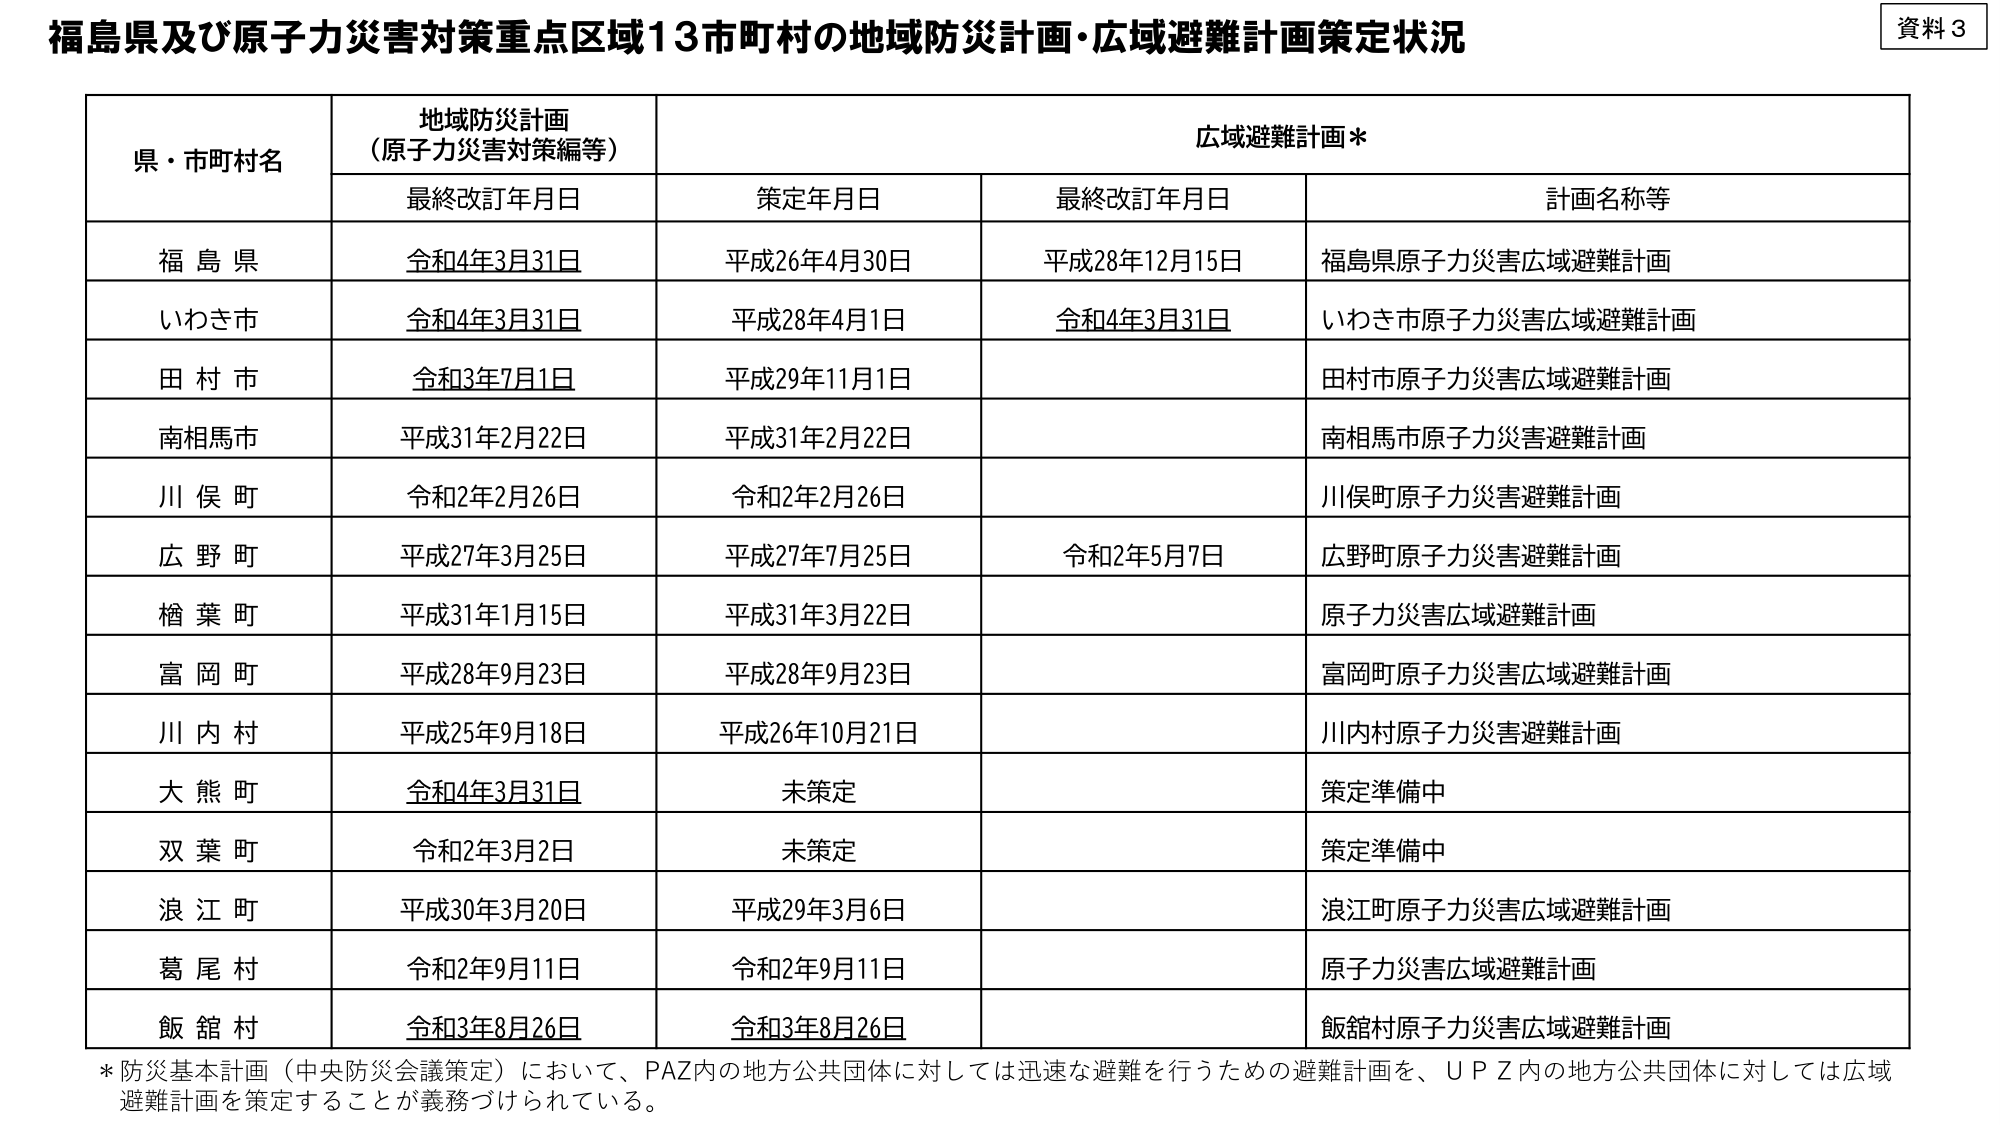
資料３

福島県及び原子力災害対策重点区域13市町村の地域防災計画・広域避難計画策定状況

県・市町村名　地域防災計画（原子力災害対策編等）　広域避難計画＊
　　　　　　　最終改訂年月日　策定年月日　最終改訂年月日　計画名称等

福島県　令和4年3月31日　平成26年4月30日　平成28年12月15日　福島県原子力災害広域避難計画
いわき市　令和4年3月31日　平成28年4月1日　令和4年3月31日　いわき市原子力災害広域避難計画
田村市　令和3年7月1日　平成29年11月1日　　　　　　　　田村市原子力災害広域避難計画
南相馬市　平成31年2月22日　平成31年2月22日　　　　　　南相馬市原子力災害避難計画
川俣町　令和2年2月26日　令和2年2月26日　　　　　　　　川俣町原子力災害避難計画
広野町　平成27年3月25日　平成27年7月25日　令和2年5月7日　広野町原子力災害避難計画
楢葉町　平成31年1月15日　平成31年3月22日　　　　　　原子力災害広域避難計画
富岡町　平成28年9月23日　平成28年9月23日　　　　　　富岡町原子力災害広域避難計画
川内村　平成25年9月18日　平成26年10月21日　　　　　　川内村原子力災害避難計画
大熊町　令和4年3月31日　未策定　　　　　　　　　　　　策定準備中
双葉町　令和2年3月2日　未策定　　　　　　　　　　　　策定準備中
浪江町　平成30年3月20日　平成29年3月6日　　　　　　浪江町原子力災害広域避難計画
葛尾村　令和2年9月11日　令和2年9月11日　　　　　　原子力災害広域避難計画
飯舘村　令和3年8月26日　令和3年8月26日　　　　　　飯舘村原子力災害広域避難計画

＊防災基本計画（中央防災会議策定）において、PAZ内の地方公共団体に対しては迅速な避難を行うための避難計画を、UPZ内の地方公共団体に対しては広域避難計画を策定することが義務づけられている。